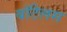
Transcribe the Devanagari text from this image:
बॉटेलस